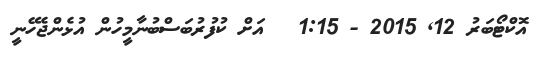
އޮކްޓޯބަރު 12